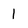
Character: 1